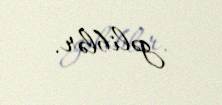
gəliblər.